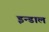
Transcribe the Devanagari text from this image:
इन्डाल